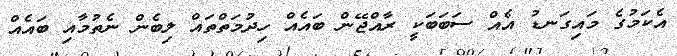
އެކަމުގެ މައިގަނޑު އެއް ސަބަބަކީ ރާއްޖޭން ބައެއް ހިދުމަތްތައް ލިބެން ނެތުމާއި ބައެއް